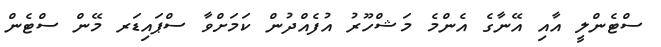
ސްޓެންލީ އާއި އޭނާގެ އެންމެ މަޝްހޫރު އުފެއްދުން ކަމަށްވާ ސްޕައިޑަރ މޭން ސްޓެން